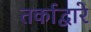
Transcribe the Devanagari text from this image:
तर्काद्वारे